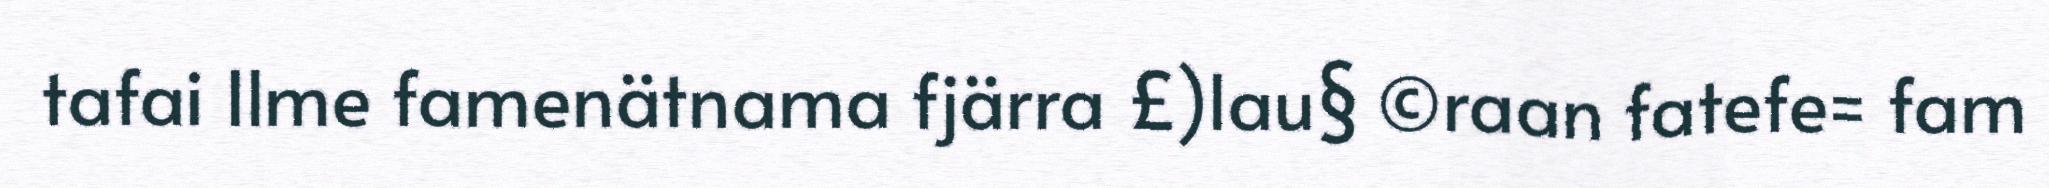
tafai Ilme famenätnama fjärra £)lau§ ©raan fatefe= fam